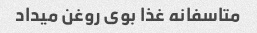
متاسفانه غذا بوی روغن میداد